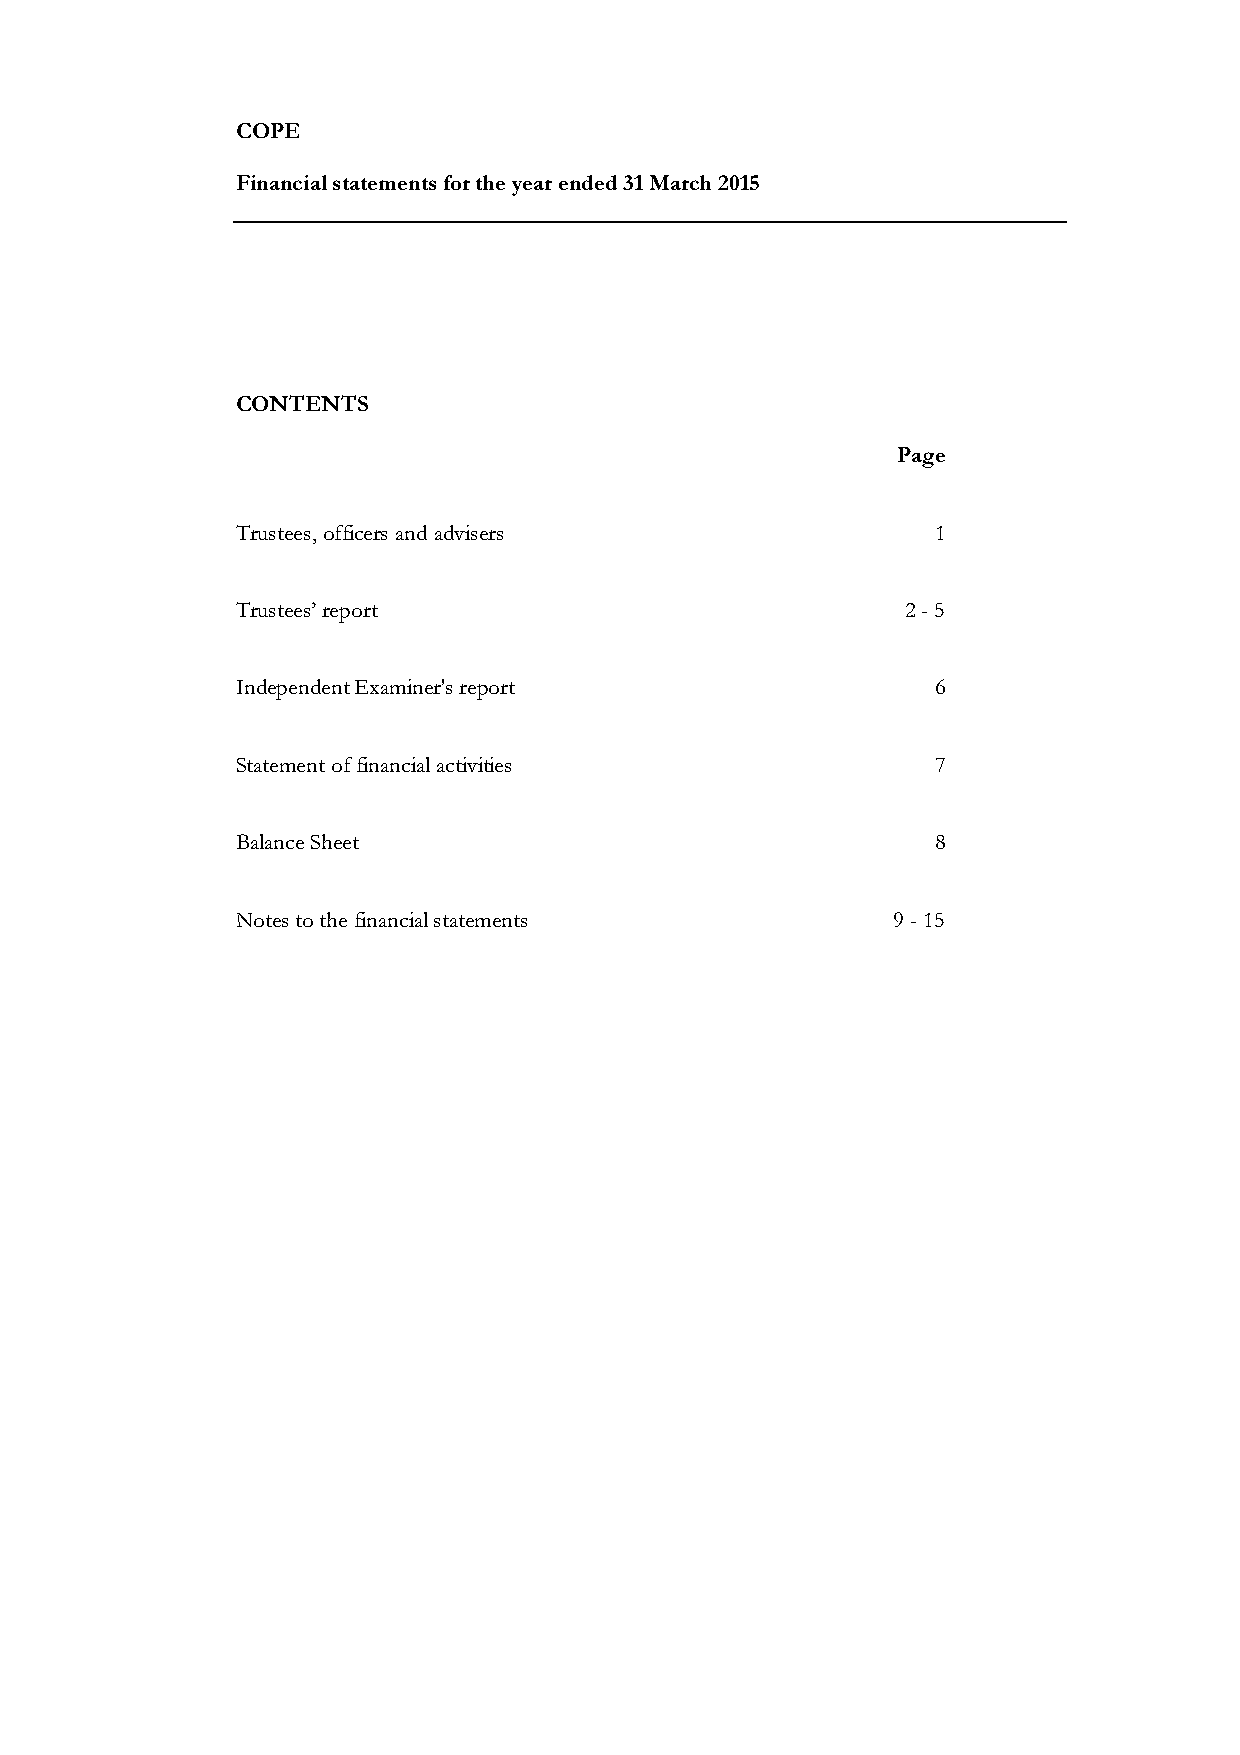
COPE
 Financial statements for the year ended 31 March 2015
 CONTENTS
 Page
 Trustees, officers and advisers               1
 Trustees’ report                            2 - 5
 Independent Examiner's report                 6
 Statement of financial activities             7
 Balance Sheet                                 8
 Notes to the financial statements          9 - 15